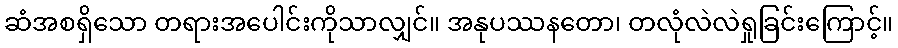
ဆံအစရှိသော တရားအပေါင်းကိုသာလျှင်။ အနုပဿနတော၊ တလုံလဲလဲရှုခြင်းကြောင့်။